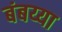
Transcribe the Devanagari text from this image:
बंबय्या